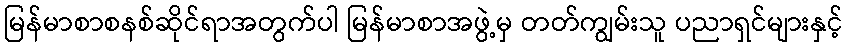
မြန်မာစာစနစ်ဆိုင်ရာအတွက်ပါ မြန်မာစာအဖွဲ့မှ တတ်ကျွမ်းသူ ပညာရှင်များနှင့်